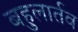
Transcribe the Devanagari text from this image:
बहुलार्तव